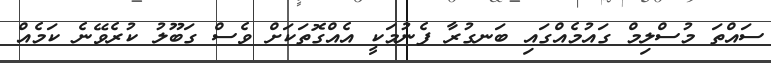
ސައްތަ މުސްލިމް ގައުމެއްގައި ބަނގުރާ ފެނުމަކީ އެއްގޮތަކަށް ވެސް ގަބޫލު ކުރެވޭނެ ކަމެއް